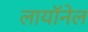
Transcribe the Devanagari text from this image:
लायॉनेल